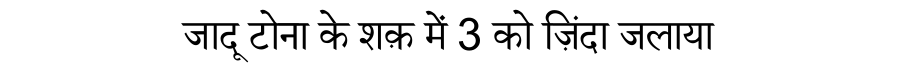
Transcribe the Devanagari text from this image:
जादू टोना के शक़ में 3 को ज़िंदा जलाया